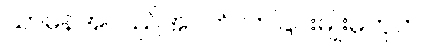
သာမန်အလည်အပတ်လာခြင်းမျိုးမဟုတ်။